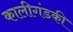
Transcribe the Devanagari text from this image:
कालीगंडकी